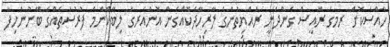
ހާއްސަކޮށް ރމގެ ރައީސް ގެންދަނީ ރައްޔިތުންގެ ލާރިހޭދަކޮއްގެން އޮންއެރގަ ލިބޭކޮންމެ ފުރުސަތެއްގެ ބޭނުންހިފާ